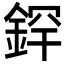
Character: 𫒢